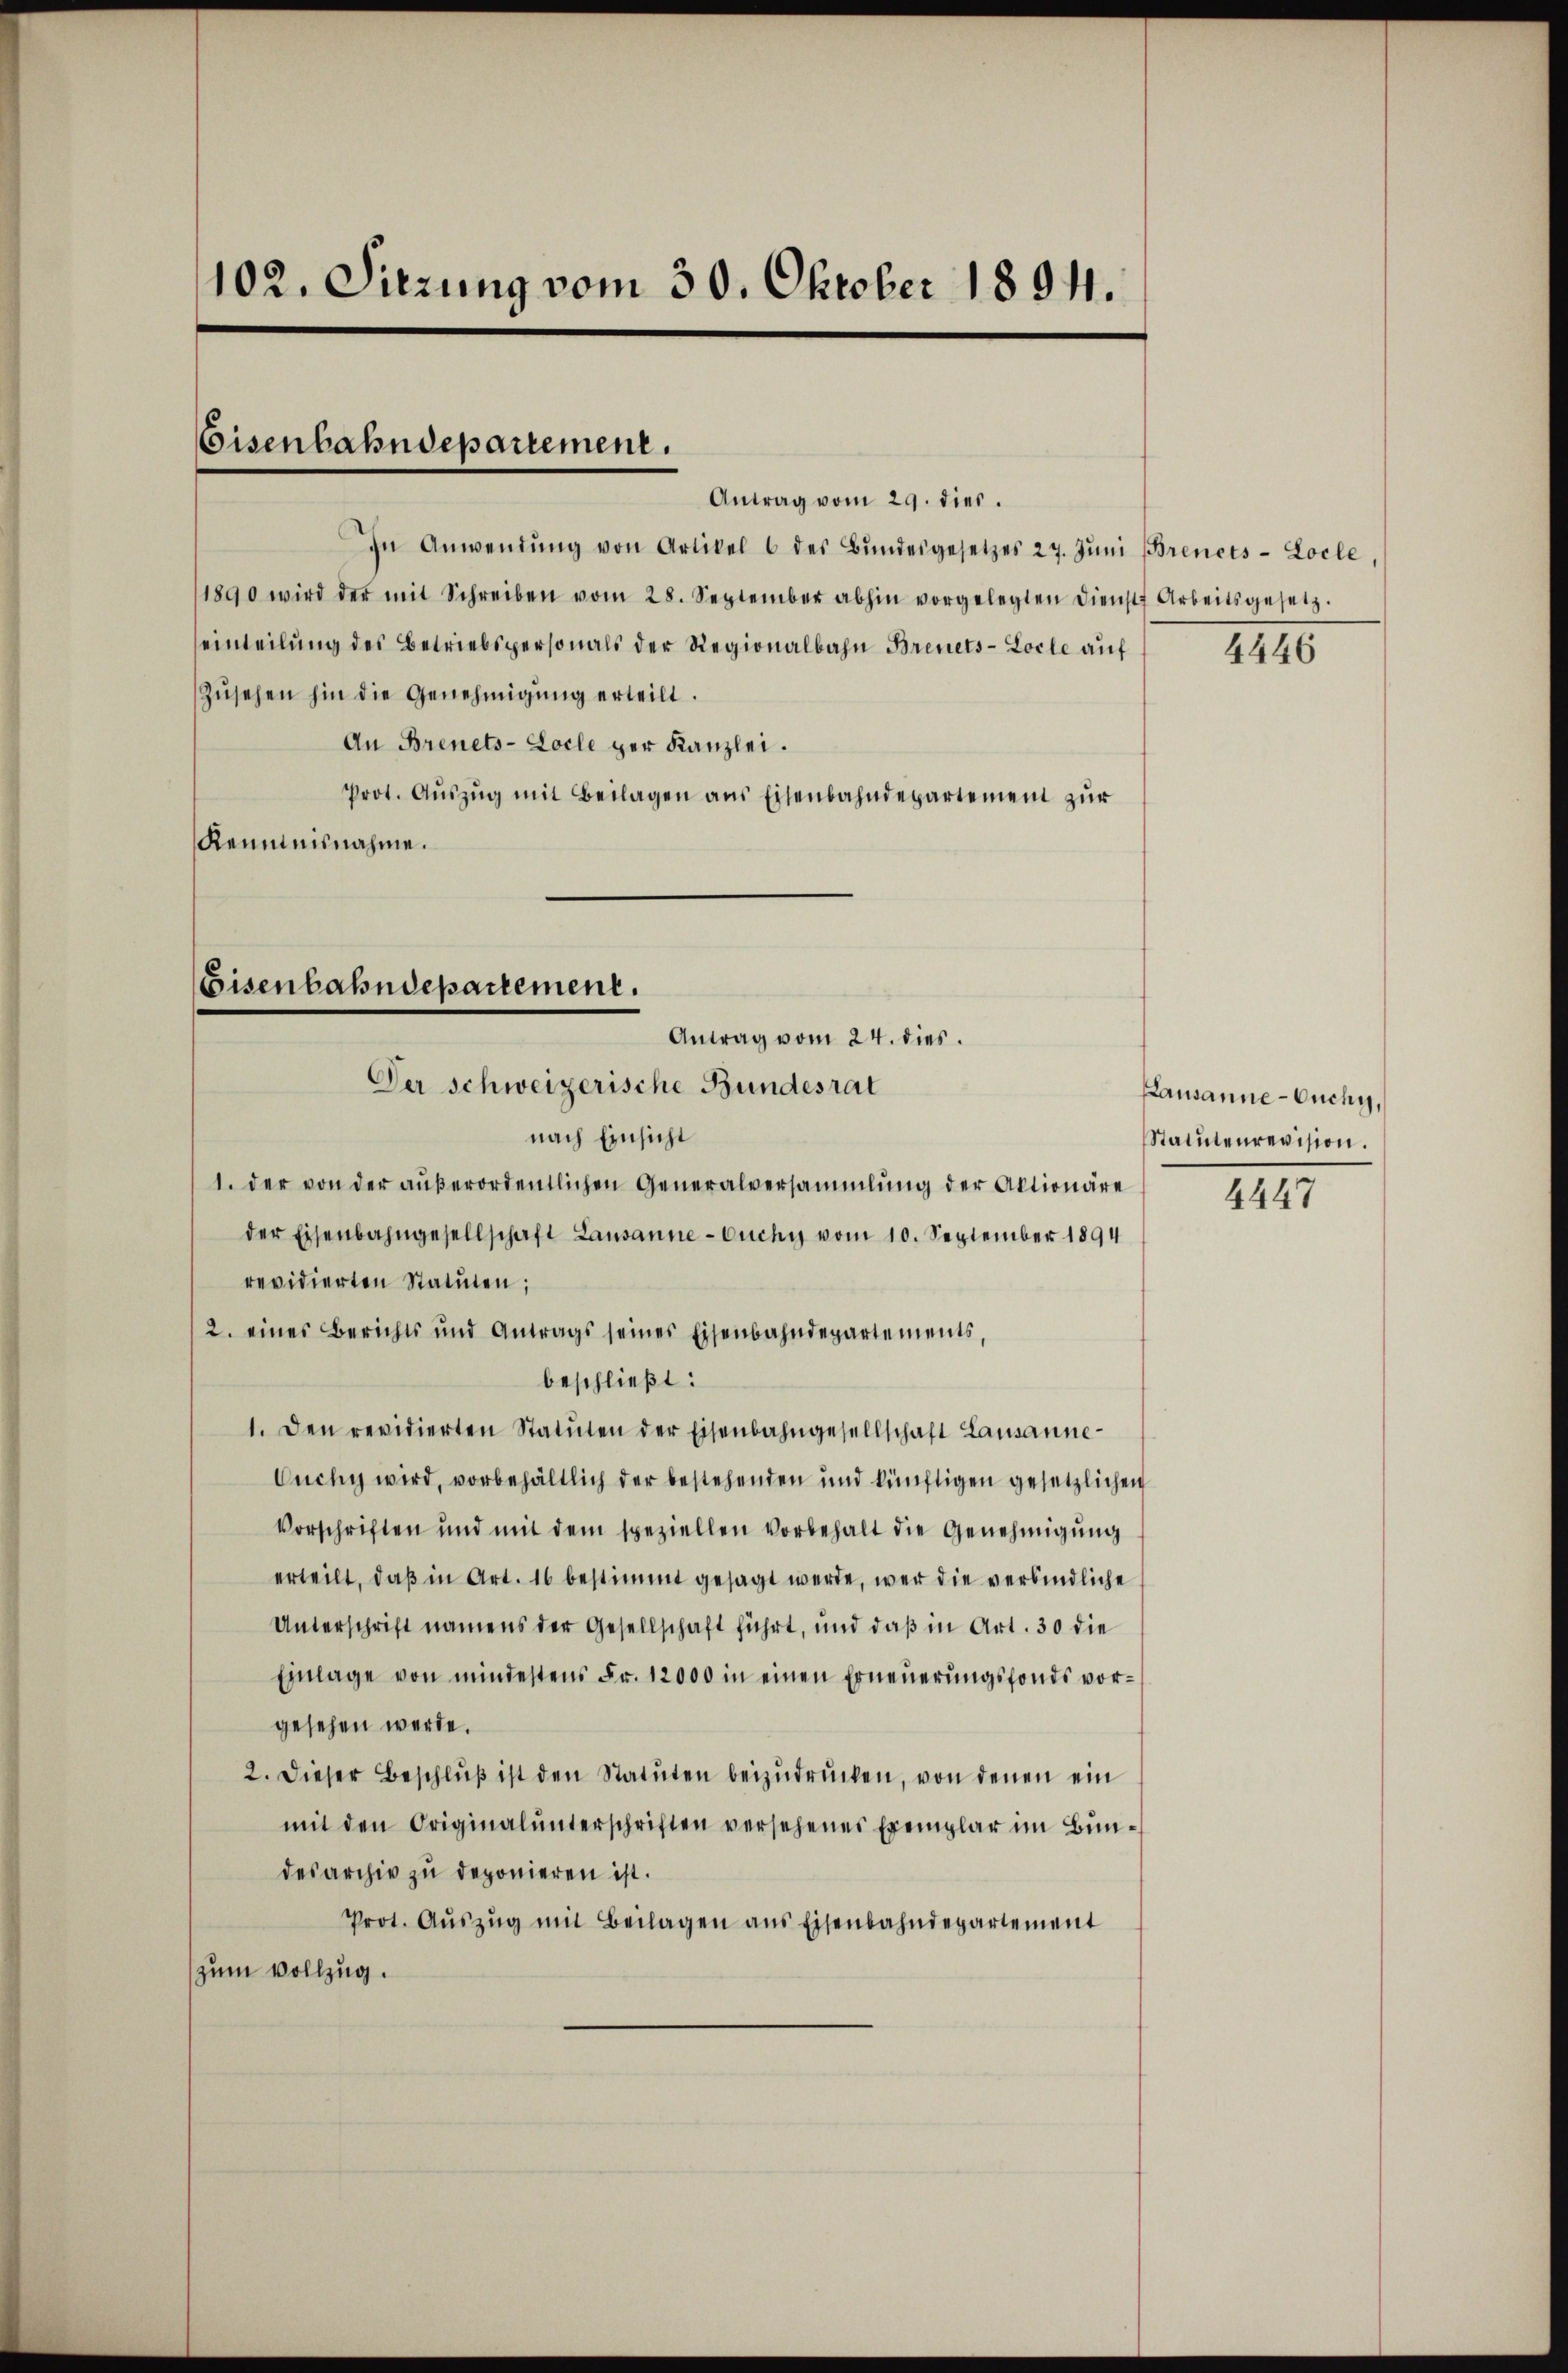
102. Sitzung vom 30. Oktober 1894.

Eisenbahndepartement.
Antrag vom 29. dies.

In Anwendŭng von Artikel 6 des Bŭndesgesetzes 27. Jŭni (Brenets-Locle
1890 wird der mit Schreiben vom 28. September abhin vorgelegten Dienst Arbeitsgesetz.
einteilŭng des Betriebspersonals der Regionalbahn Brenets-Locle auf
zŭsehen hin die Genehmigŭng erteilt.
An Brenets-Locle per Kanzlei.
Prot. Aŭszŭg mit Beilagen ans Eisenbahndepartement zŭr
Kenntnisnahme.

Eisenbahndepartement.
Antrag vom 24. dies
Der schweizerische Bundesrat

nach Einsicht
1. der von der außerordentlichen Generalversammlung der Aktionäre
der Eisenbahngesellschaft Lausanne-Ouchy vom 10. September 1894
revidierten Statuten;
2. eines Berichts und Antrags seines Eisenbahndepartements,
beschließt:
1. Den revidierten Statŭten der Eisenbahngesellschaft Lausanne
Cuchy wird, vorbehältlich der bestehenden und künftigen gesetzlichen
Vorschriften und mit dem speziellen vorbehalt die Genehmigŭng
erteilt, daβ in Art. 16 bestimmt gesagt werde, wer die verbindliche
Unterschrift namens der Gesellschaft führt, und daß in Art. 30 die
Einlage von mindestens Fr. 12000 in einen Erneŭerŭngsfonds vorgesehen werde.
2. Dieser Beschlŭβ ist den Statŭten beizŭdrŭcken, von denen ein
mit den Originalunterschriften versehenes Exemplar im Bundesarchiv zu deponieren ist.
Prot. Aŭszŭg mit Beilagen ans Eisenbahndepartement
zum Vollzug.

4446

Kausanne - Ouchy,
Statutenrevision.

4447